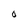
Character: O